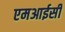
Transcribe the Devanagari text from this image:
एमआईसी